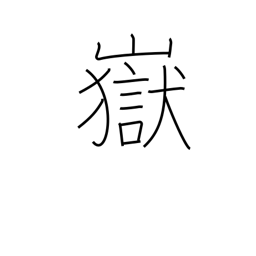
Meaning: peak